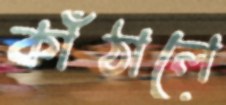
কাঁঠালে